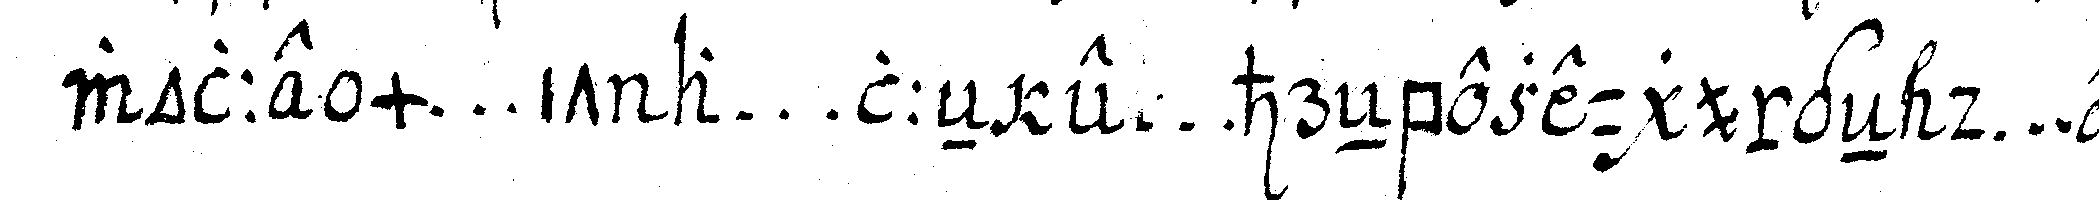
wolle m ... it a ... lleN e ... hreNbezeugungeN d ... er